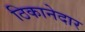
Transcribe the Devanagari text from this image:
ठिकानेदार